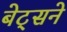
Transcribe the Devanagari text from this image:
बेट्सने